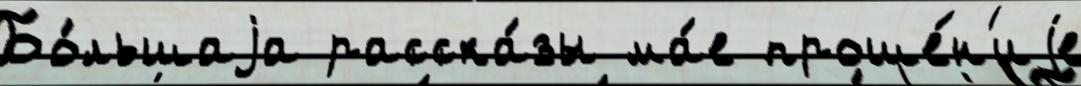
Бо́льшаjа расска́зы ма́е проше́н'иjе